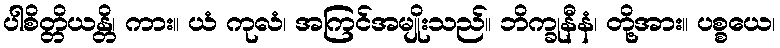
ပါစိတ္တိယန္တိ၊ ကား။ ယံ ကုလံ၊ အကြင်အမျိုးသည်။ ဘိက္ခုနီနံ၊ တို့အား။ ပစ္စယေ၊